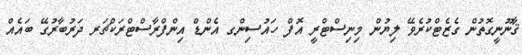
ޤާނޫނީގޮތުން ގެޒެޓްކުރެވޭ ލިޔުން މިނިސްޓްރީ އޮފް ހައުސިންގ އެންޑް އިންފްރާސްޓްރަކްޗަރ ދަރުބާރުގޭ ބައެއް